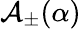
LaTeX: \mathbf{\mathcal{A}}_{\pm}(\alpha)